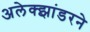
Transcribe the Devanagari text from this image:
अलेक्झांडरने